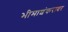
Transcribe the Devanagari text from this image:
भीमाशंकरावर